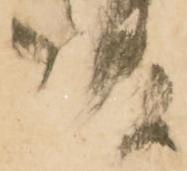
成